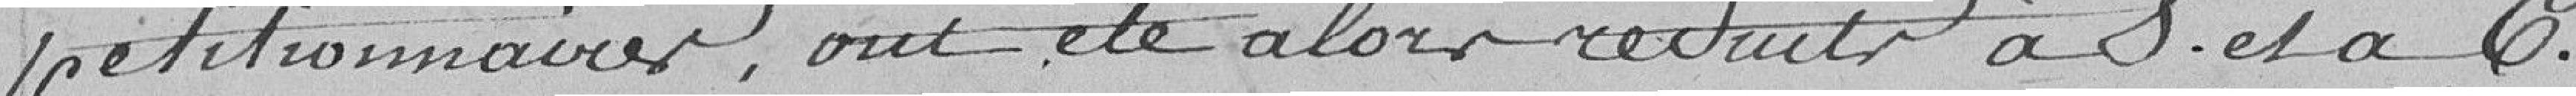
pétitionnaires, ont été alors réduits à 8 et à 6